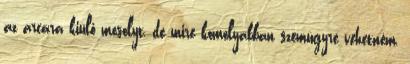
az arcára kiülő mosolyt, de mire komolyabban szemügyre vehetném,